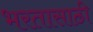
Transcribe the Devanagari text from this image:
भरतासाठी